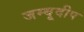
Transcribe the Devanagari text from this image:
जम्बूदीप